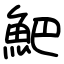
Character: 䰾